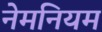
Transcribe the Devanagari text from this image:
नेमनियम